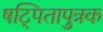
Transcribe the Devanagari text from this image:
षट्पितापुत्रक